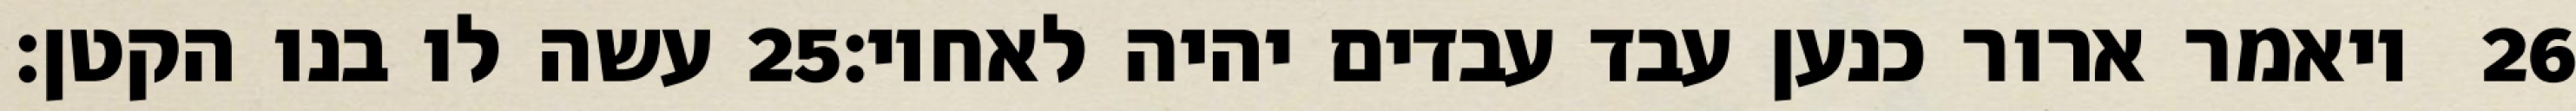
עשה לו בנו הקטן׃ ‎25‏ ויאמר ארור כנען עבד עבדים יהיה לאחיו׃ ‎26‏